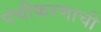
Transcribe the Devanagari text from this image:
पंचीकरणाची